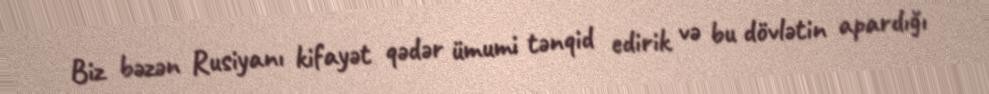
Biz bəzən Rusiyanı kifayət qədər ümumi tənqid edirik və bu dövlətin apardığı